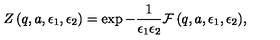
Z \left( q , a , \epsilon _ { 1 } , \epsilon _ { 2 } \right) = \exp { - \frac { 1 } { \epsilon _ { 1 } \epsilon _ { 2 } } { \cal F } \left( q , a , \epsilon _ { 1 } , \epsilon _ { 2 } \right) } ,